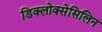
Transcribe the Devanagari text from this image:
डिक्लोक्सेसिलिन